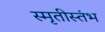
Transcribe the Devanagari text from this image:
स्मृतीस्तंभ